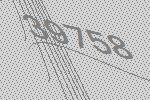
39758